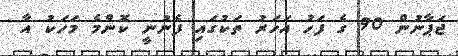
ޖަޕާނުން 90 ގެ ފަހު އަހަރު ތަކުގައި ފެނުނީ ކޮންމެ މަހަކު އާ